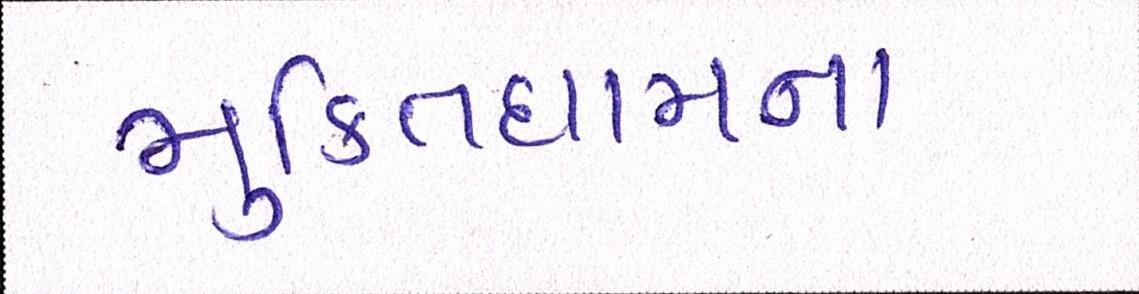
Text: મુકિતધામના